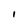
Character: I